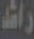
راشد